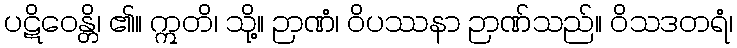
ပဋိဝေန္တိ၊ ၏။ ဣတိ၊ သို့။ ဉာဏံ၊ ဝိပဿနာ ဉာဏ်သည်။ ဝိသဒတရံ၊